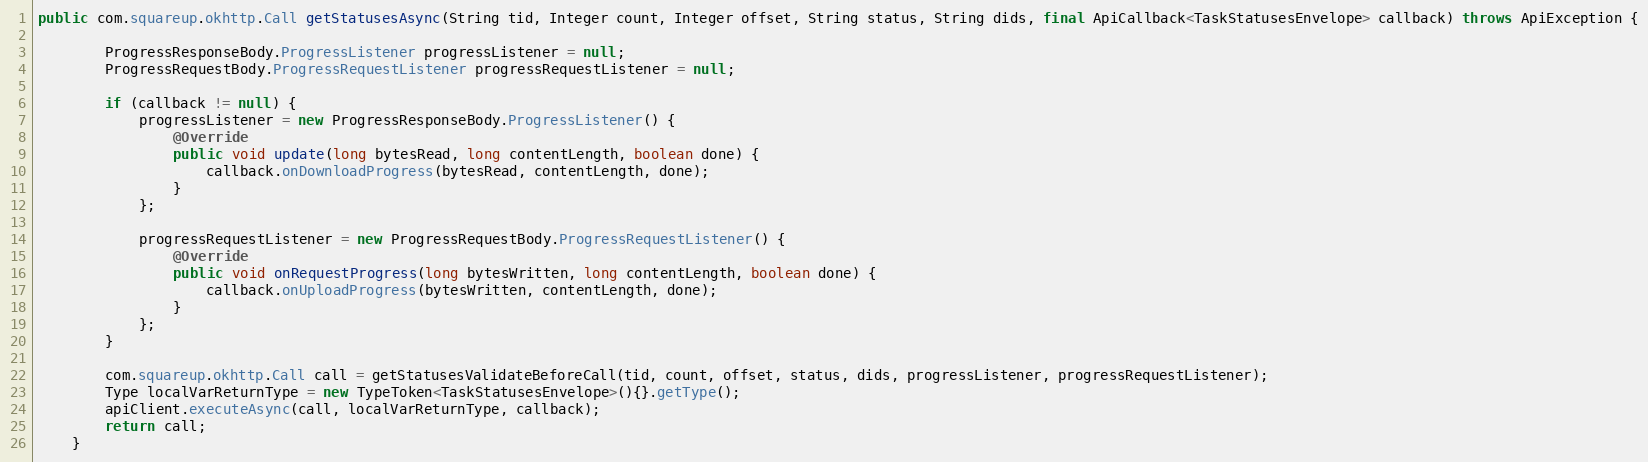
Language: Java
public com.squareup.okhttp.Call getStatusesAsync(String tid, Integer count, Integer offset, String status, String dids, final ApiCallback<TaskStatusesEnvelope> callback) throws ApiException {

        ProgressResponseBody.ProgressListener progressListener = null;
        ProgressRequestBody.ProgressRequestListener progressRequestListener = null;

        if (callback != null) {
            progressListener = new ProgressResponseBody.ProgressListener() {
                @Override
                public void update(long bytesRead, long contentLength, boolean done) {
                    callback.onDownloadProgress(bytesRead, contentLength, done);
                }
            };

            progressRequestListener = new ProgressRequestBody.ProgressRequestListener() {
                @Override
                public void onRequestProgress(long bytesWritten, long contentLength, boolean done) {
                    callback.onUploadProgress(bytesWritten, contentLength, done);
                }
            };
        }

        com.squareup.okhttp.Call call = getStatusesValidateBeforeCall(tid, count, offset, status, dids, progressListener, progressRequestListener);
        Type localVarReturnType = new TypeToken<TaskStatusesEnvelope>(){}.getType();
        apiClient.executeAsync(call, localVarReturnType, callback);
        return call;
    }